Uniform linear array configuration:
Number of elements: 48
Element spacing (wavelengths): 0.25
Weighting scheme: exponential
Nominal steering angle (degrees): -45
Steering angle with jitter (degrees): -44.155
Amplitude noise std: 0.05
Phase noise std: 0.05

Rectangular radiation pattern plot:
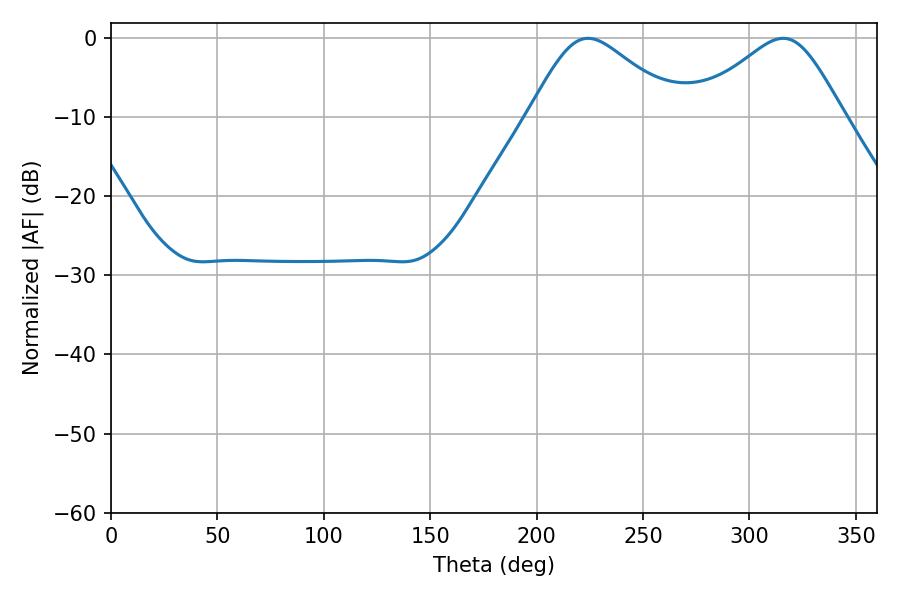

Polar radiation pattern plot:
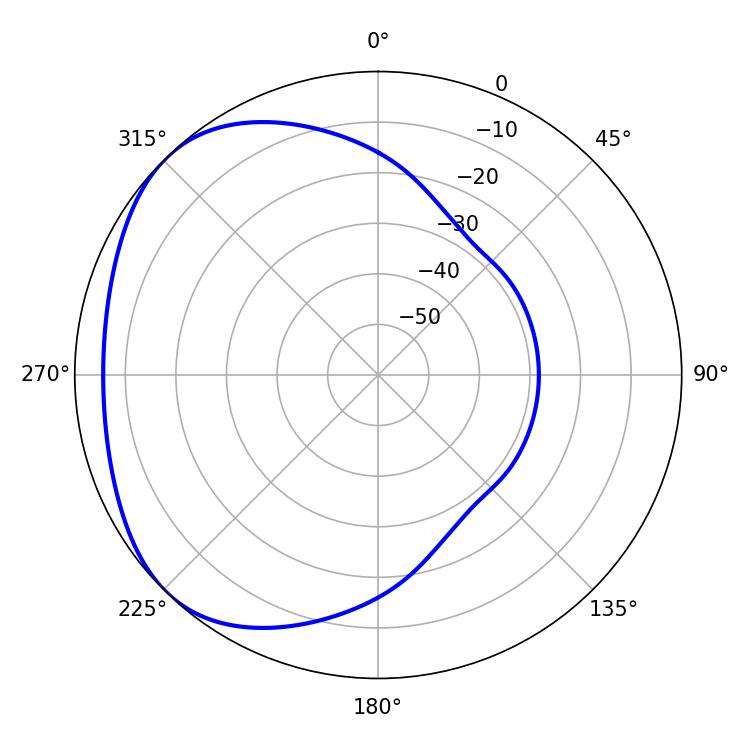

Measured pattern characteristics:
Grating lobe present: FALSE
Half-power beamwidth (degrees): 34.74
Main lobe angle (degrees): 224.1